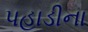
પહાડીના